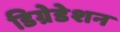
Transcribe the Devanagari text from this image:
डिग्रेडेशन